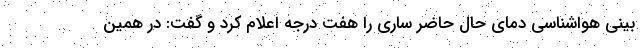
بینی هواشناسی دمای حال حاضر ساری را هفت درجه اعلام کرد و گفت: در همین